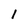
Character: l